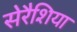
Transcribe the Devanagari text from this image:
सेरैशिया